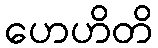
ဟေဟိတိ